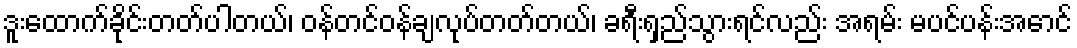
ဒူးထောက်ခိုင်းတတ်ပါတယ်၊ ဝန်တင်ဝန်ချလုပ်တတ်တယ်၊ ခရီးရှည်သွားရင်လည်း အရမ်း မပင်ပန်းအောင်